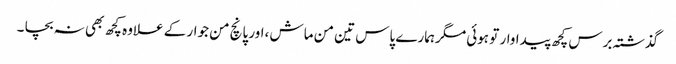
گذشتہ برس کچھ پیداوار تو ہوئی مگرہمارے پاس تین من ماش ،اور پانچ من جوار کے علاوہ کچھ بھی نہ بچا ۔